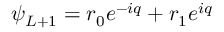
\psi _ { L + 1 } = r _ { 0 } e ^ { - i q } + r _ { 1 } e ^ { i q }